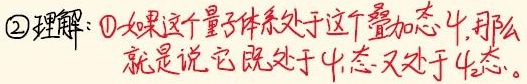
\textcircled{2}理解：\textcircled{1}如果这个量子体系处于这个叠加态$\psi$，那么就是说它既处于$\psi_{1}$态又处于$\psi_{2}$态。